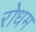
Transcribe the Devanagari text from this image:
रोधम